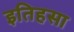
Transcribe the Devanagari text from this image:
इतिहसा